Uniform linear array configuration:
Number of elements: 12
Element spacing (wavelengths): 0.5
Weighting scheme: hann
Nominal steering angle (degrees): -30
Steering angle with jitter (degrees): -28.815
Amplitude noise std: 0.05
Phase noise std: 0.05

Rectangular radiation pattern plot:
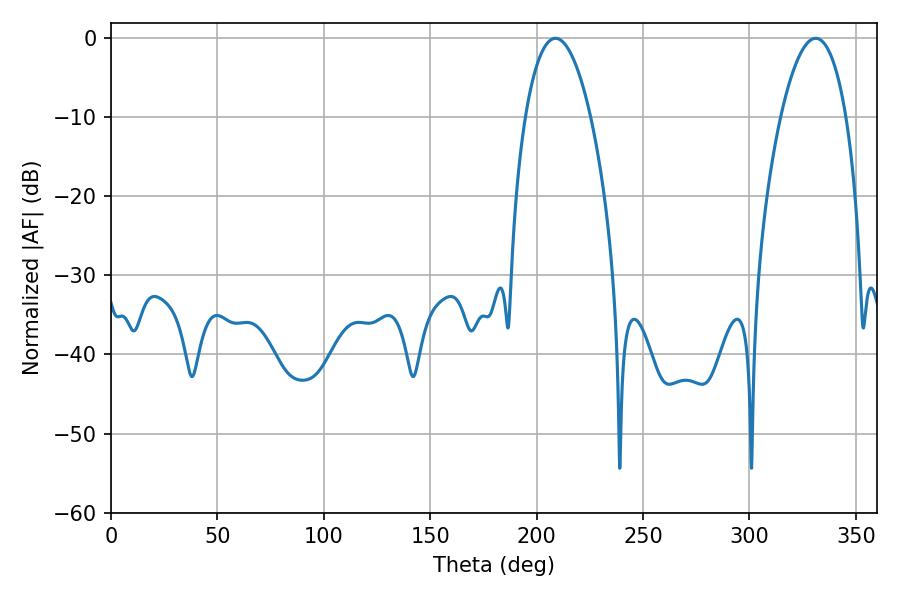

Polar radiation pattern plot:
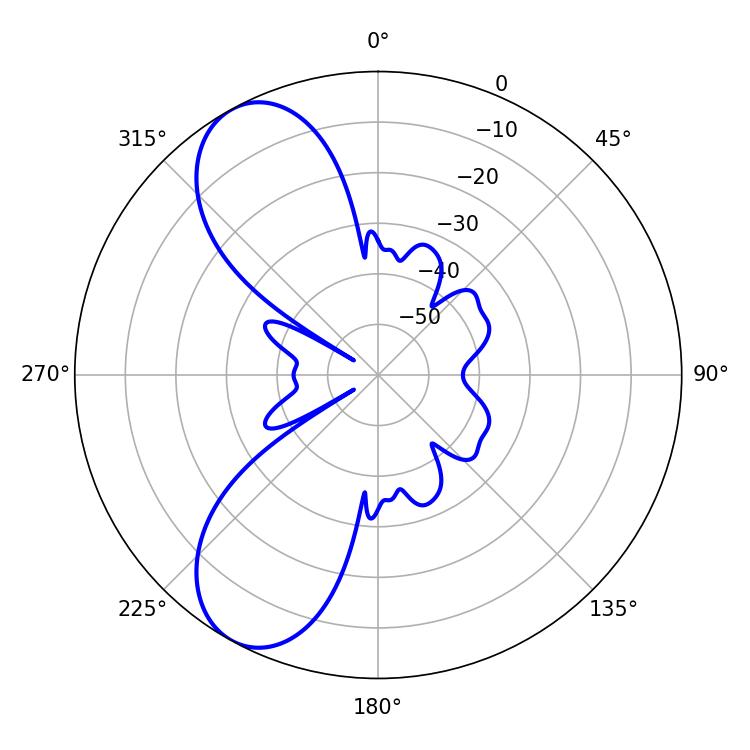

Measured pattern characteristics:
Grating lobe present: FALSE
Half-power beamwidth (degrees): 17.1
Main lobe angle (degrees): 208.8